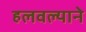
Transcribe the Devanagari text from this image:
हलवल्याने